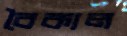
বৈকাল